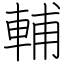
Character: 輔